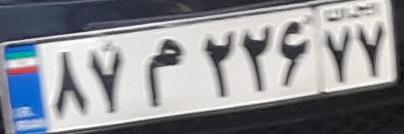
۸۷م۲۲۶۷۷